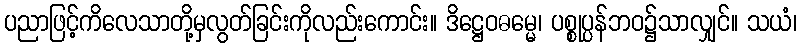
ပညာဖြင့်ကိလေသာတို့မှလွတ်ခြင်းကိုလည်းကောင်း။ ဒိဋ္ဌေဝဓမ္မေ၊ ပစ္စုပ္ပန်ဘဝ၌သာလျှင်။ သယံ၊